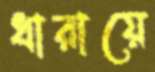
ধারায়ে